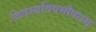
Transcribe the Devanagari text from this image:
विषस्यविषमौषधम्‌